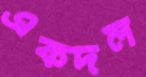
একদল